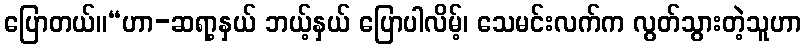
ပြောတယ်။“ဟာ-ဆရာ့နှယ် ဘယ့်နှယ် ပြောပါလိမ့်၊ သေမင်းလက်က လွတ်သွားတဲ့သူဟာ